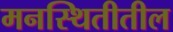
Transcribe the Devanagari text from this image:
मनस्थितीतील